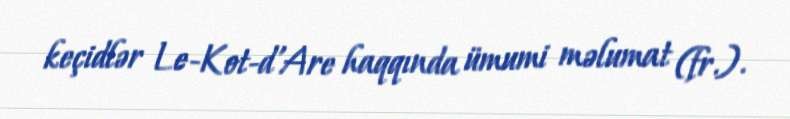
keçidlər Le-Kot-d'Are haqqında ümumi məlumat (fr.).